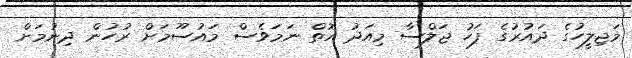
މަޖިލީހުގެ ދައުރުގެ ފަހު ޖަލްސާ މިއަދު އޮތް ނަމަވެސް މައުސޫމަށް ރުހުން ދިނުމަށް